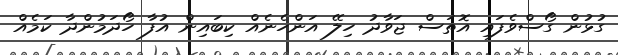
ގުޅުން ގޯސްވެފައި އޮތަސް ޖަވާދު ހިލޭ އަންހެނެއް ކިބައިން އުފާ ހޯދަމުންދާ ކަމެއް